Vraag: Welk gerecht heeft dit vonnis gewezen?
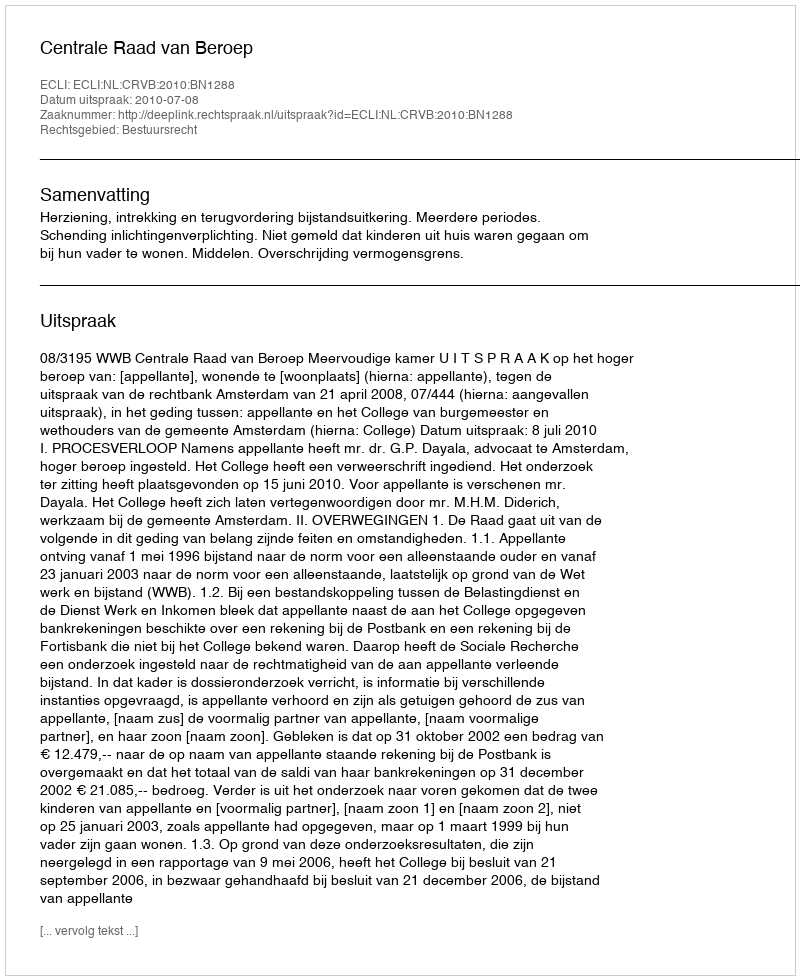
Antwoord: Centrale Raad van Beroep